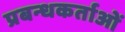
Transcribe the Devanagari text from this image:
प्रबन्धकर्ताओं